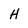
Character: H